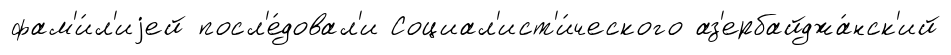
фам'и́л'иjей посл'е́довал'и Социал'ист'и́ческого аз'ербайджа́нск'ий